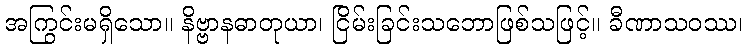
အကြွင်းမရှိသော။ နိဗ္ဗာနဓာတုယာ၊ ငြိမ်းခြင်းသဘောဖြစ်သဖြင့်။ ခီဏာသဝဿ၊